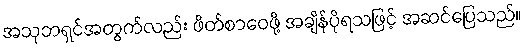
အသုဘရှင်အတွက်လည်း ဖိတ်စာဝေဖို့ အချိန်ပိုရသဖြင့် အဆင်ပြေသည်။